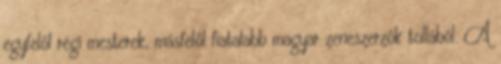
egyfelől régi mesterek, másfelől fiatalabb magyar zeneszerzők tollából. A